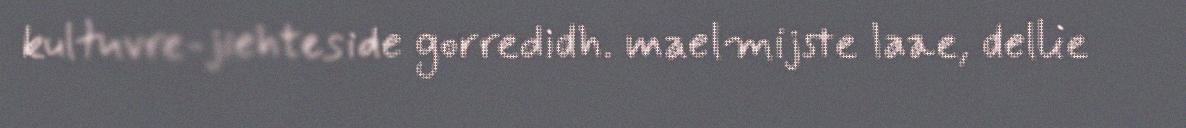
kultuvre-jiehteside gorredidh. maelmijste laae, dellie